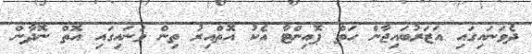
ދެވަނައިގައި އަޒަރުބައިޖާން ހަތް ޕޮއިންޓާ އެކު އޮތްއިރު ތިން ވަނައިގައި އޮތް ނޮދާން